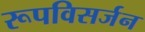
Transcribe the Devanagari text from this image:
रूपविसर्जन